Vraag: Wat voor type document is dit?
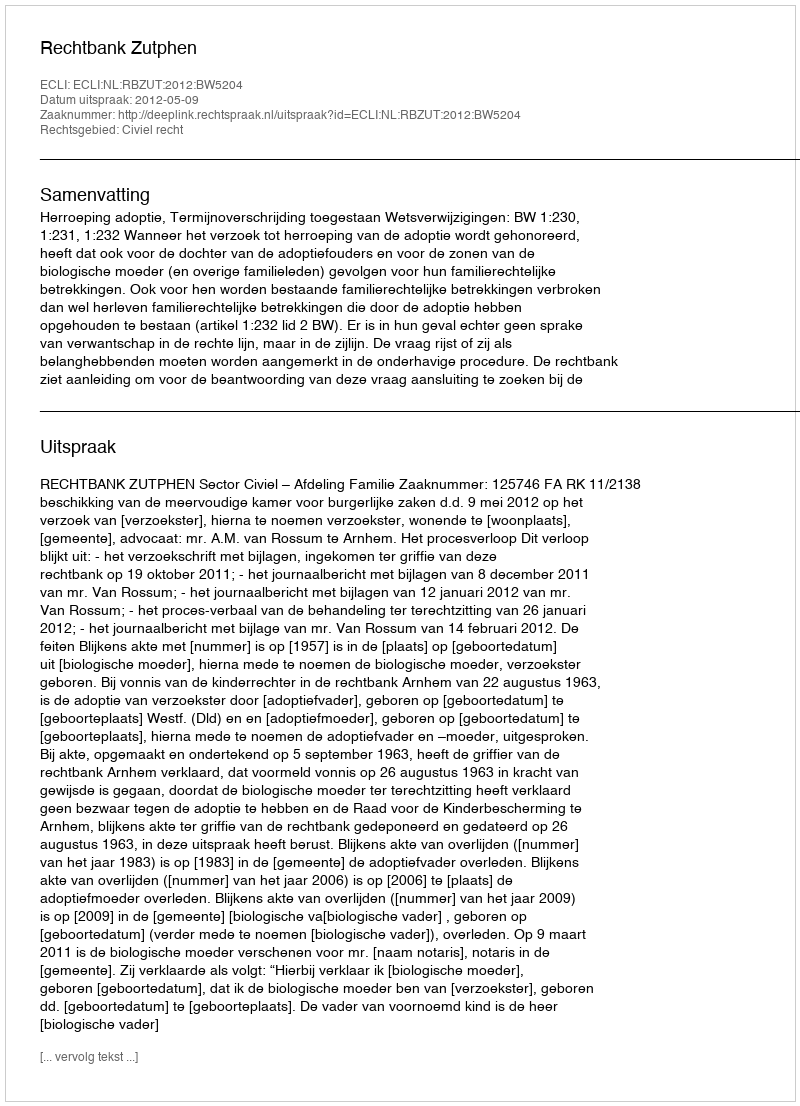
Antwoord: Uitspraak